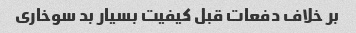
بر خلاف دفعات قبل کیفیت بسیار بد سوخاری